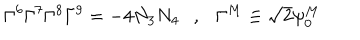
\Gamma ^ { 6 } \Gamma ^ { 7 } \Gamma ^ { 8 } \Gamma ^ { 9 } = - 4 N _ { 3 } N _ { 4 } , \Gamma ^ { M } \equiv \sqrt { 2 } \psi _ { 0 } ^ { M }